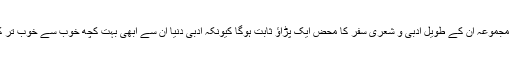
یقیناان کایہ دوسرا شعری مجموعہ ان کے طویل ادبی و شعری سفر کا محض ایک پڑاؤ ثابت ہوگا کیونکہ ادبی دنیا ان سے ابھی بہت کچھ خوب سے خوب تر کی امید لگائے ہوئے ہے۔